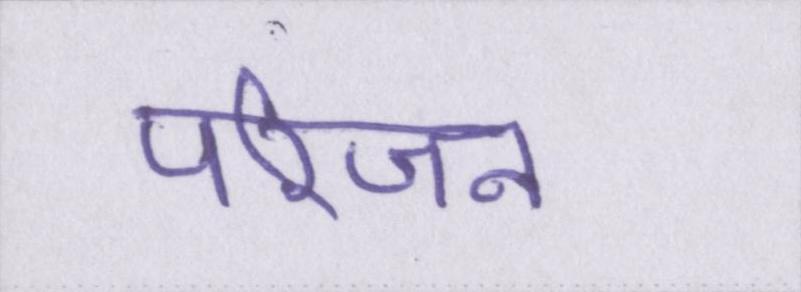
परिजन